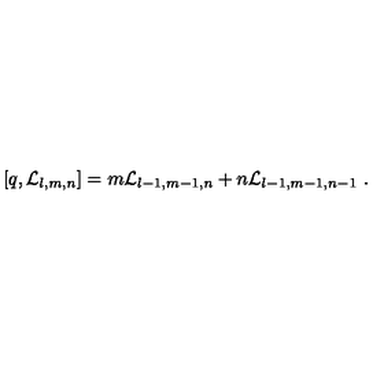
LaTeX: [ q , { \cal L } _ { l , m , n } ] = m { \cal L } _ { l - 1 , m - 1 , n } + n { \cal L } _ { l - 1 , m - 1 , n - 1 } \ .